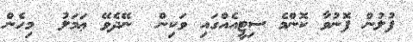
ފުލުން ފޮނުވާ ކޮންމެ ސިޓީއެއްގައި ވަކިން  ނޭދެވޭ ޢަމަލު  މިހެން